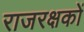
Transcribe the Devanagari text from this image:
राजरक्षकों